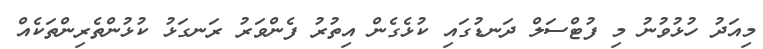
މިއަދު ހުޅުވުނު މި ފުޓްސަލް ދަނޑުގަައި ކުޅެގެން އިތުރު ފެންވަރު ރަނގަޅު ކުޅުންތެރިންތަކެއް